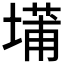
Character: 𫮝